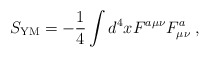
\begin{align*}S_{\mathrm{YM}}=-\frac{1}{4}\int d^{4}xF^{a\mu \nu }F_{\mu \nu }^{a}\;,\end{align*}